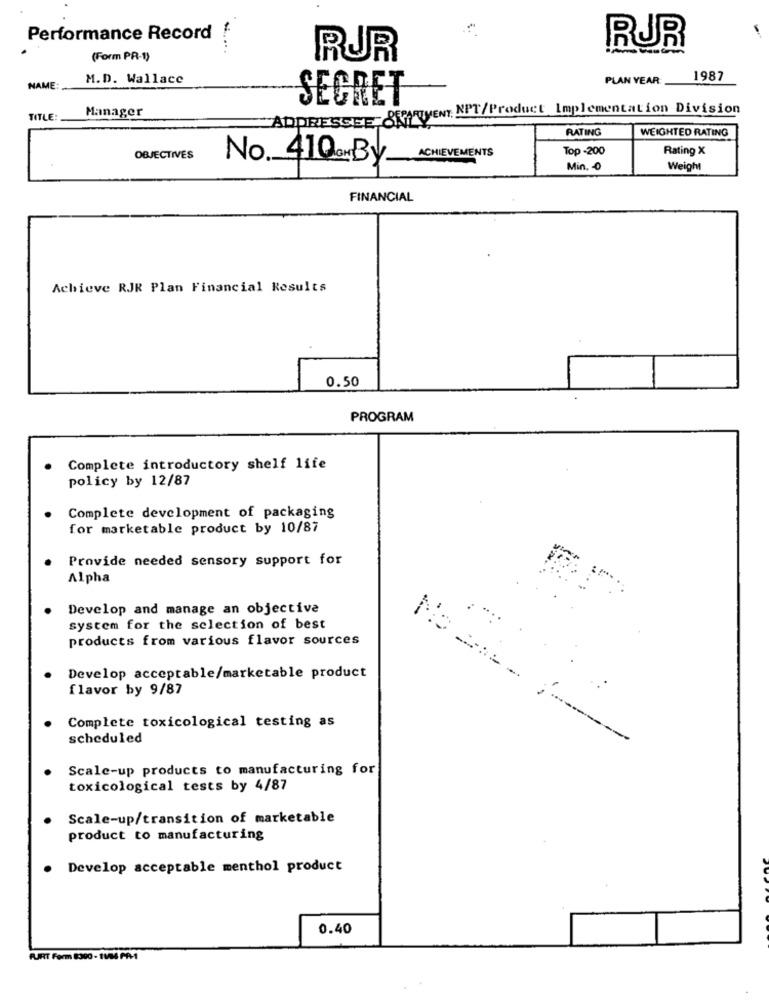
Performance Record !
-.. ...
RJR
(Form PR-1)
RUR
M.D. Wallace
PLAN YEAR
1987
NAME:
SECRET
Manager
DPRESSEE- SHIRTVENT. NPT/Product Implementation Division
TITLE:
RATING
WEIGHTED RATING
ACHIEVEMENTS
Top -200
Rating X
OBJECTIVES
No. 410 OM By.
Min. - 0
Weight
FINANCIAL
Achieve RJR Plan Financial Results
0.50
PROGRAM
Complete introductory shelf life
policy by 12/87
Complete development of packaging
for marketable product by 10/87
Provide needed sensory support for
Alpha
Develop and manage an objective
system for the selection of best
products from various flavor sources
Develop acceptable/marketable product
flavor by 9/87
Complete toxicological testing as
scheduled
Scale-up products to manufacturing for
toxicological tests by 4/87
Scale-up/transition of marketable
product to manufacturing
Develop acceptable menthol product
0.40
FURT Ferm 8300 - 1104 PM1